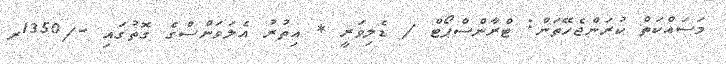
މަސައްކަތް ކުރަންޖެހޭތަން: ޓްރާންސްޕޯޓް / ޑެލިވަރީ * އިތުރު އެލަވަންސްގެ ގޮތުގައި -/1350ރ